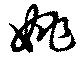
姚